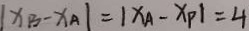
\vert x _ { B } - x _ { A } \vert = \vert x _ { A } - x _ { P } \vert = 4